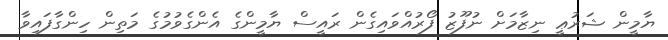
ޔާމީން ޝަރުޢީ ނިޒާމަށް ނުފޫޒު ފޯރުއްވައިގެން ރައީސް ޔާމީންގެ އެންގެވުމުގެ މަތިން ހިންގާފައިވާ